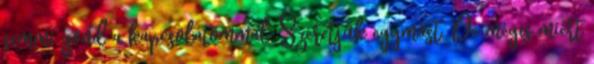
semmi gond a kapcsolatommal. Szeretjük egymást. De mégis miért